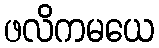
ဖလိကမယေ